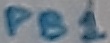
Text: PB1